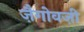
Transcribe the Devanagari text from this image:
ज़ैगोवज़ी